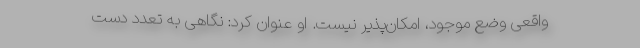
واقعی وضع موجود، امکان‌پذیر نیست. او عنوان کرد: نگاهی به تعدد دست